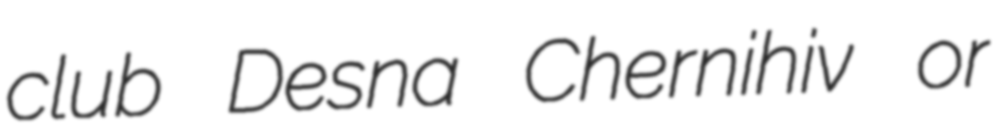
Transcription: club Desna Chernihiv or